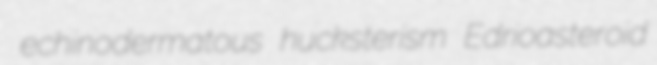
echinodermatous hucksterism Edrioasteroid